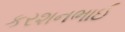
કરશનભાઈ